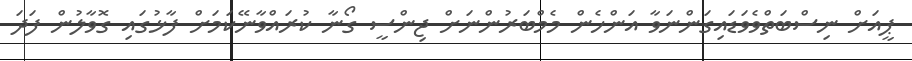
ޕީއަށް ނިސްބަތްވެވަޑައިގަންނަވާ އަންހެން މެމްބަރުންނަށް ޖިންސީ ގޯނާ ކުރައްވާނޭކަމަށް ފާޅުގައި ގޮވާލުން ފަދަ